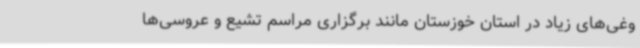
وغی‌های زیاد در استان خوزستان مانند برگزاری مراسم تشیع و عروسی‌ها